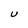
Character: U